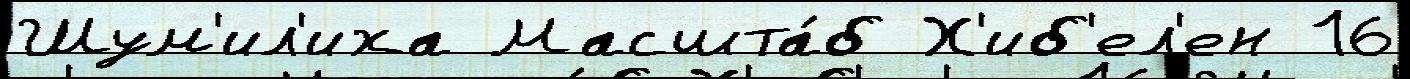
Шум'ил'иха Масшта́б Х'иб'ел'ен 16